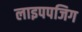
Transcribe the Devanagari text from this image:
लाइपपजिग